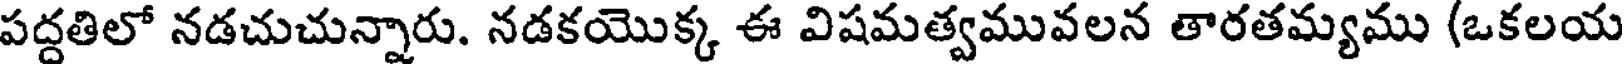
పద్దతిలో నడచుచున్నారు. నడకయొక్క ఈ విషమత్వమువలన తారతమ్యము (ఒకలయ